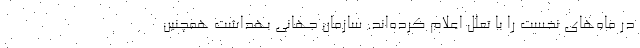
در ماه‌های نخست را با تعلل اعلام کرده‌اند. سازمان جهانی بهداشت همچنین